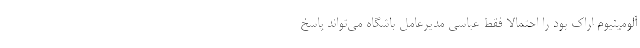
آلومینیوم اراک بود را احتمالا فقط عباسی مدیرعامل باشگاه می‌تواند پاسخ